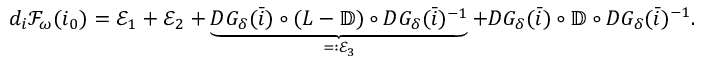
\begin{array} { r } { d _ { i } \mathcal { F } _ { \omega } ( i _ { 0 } ) = \mathcal { E } _ { 1 } + \mathcal { E } _ { 2 } + \underbrace { D G _ { \delta } ( \bar { i } ) \circ ( L - \mathbb { D } ) \circ D { G } _ { \delta } ( \bar { i } ) ^ { - 1 } } _ { = : \mathcal { E } _ { 3 } } + D G _ { \delta } ( \bar { i } ) \circ \mathbb { D } \circ D { G } _ { \delta } ( \bar { i } ) ^ { - 1 } . } \end{array}